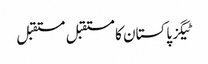
ٹیگزپاکستان کا مستقبل مستقبل